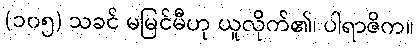
(၁၀၅) သခင် မမြင်မီဟု ယူလိုက်၏၊ ပါရာဇိက။